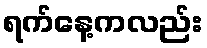
ရက်နေ့ကလည်း